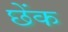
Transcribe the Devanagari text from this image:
छेंक